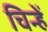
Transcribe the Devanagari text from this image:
चिन्हें